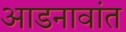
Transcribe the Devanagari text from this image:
आडनावांत